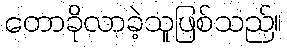
တောခိုလာခဲ့သူဖြစ်သည်။